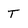
Character: T